NAE_EAA_P-553_Koit_kolhoos, lk 4
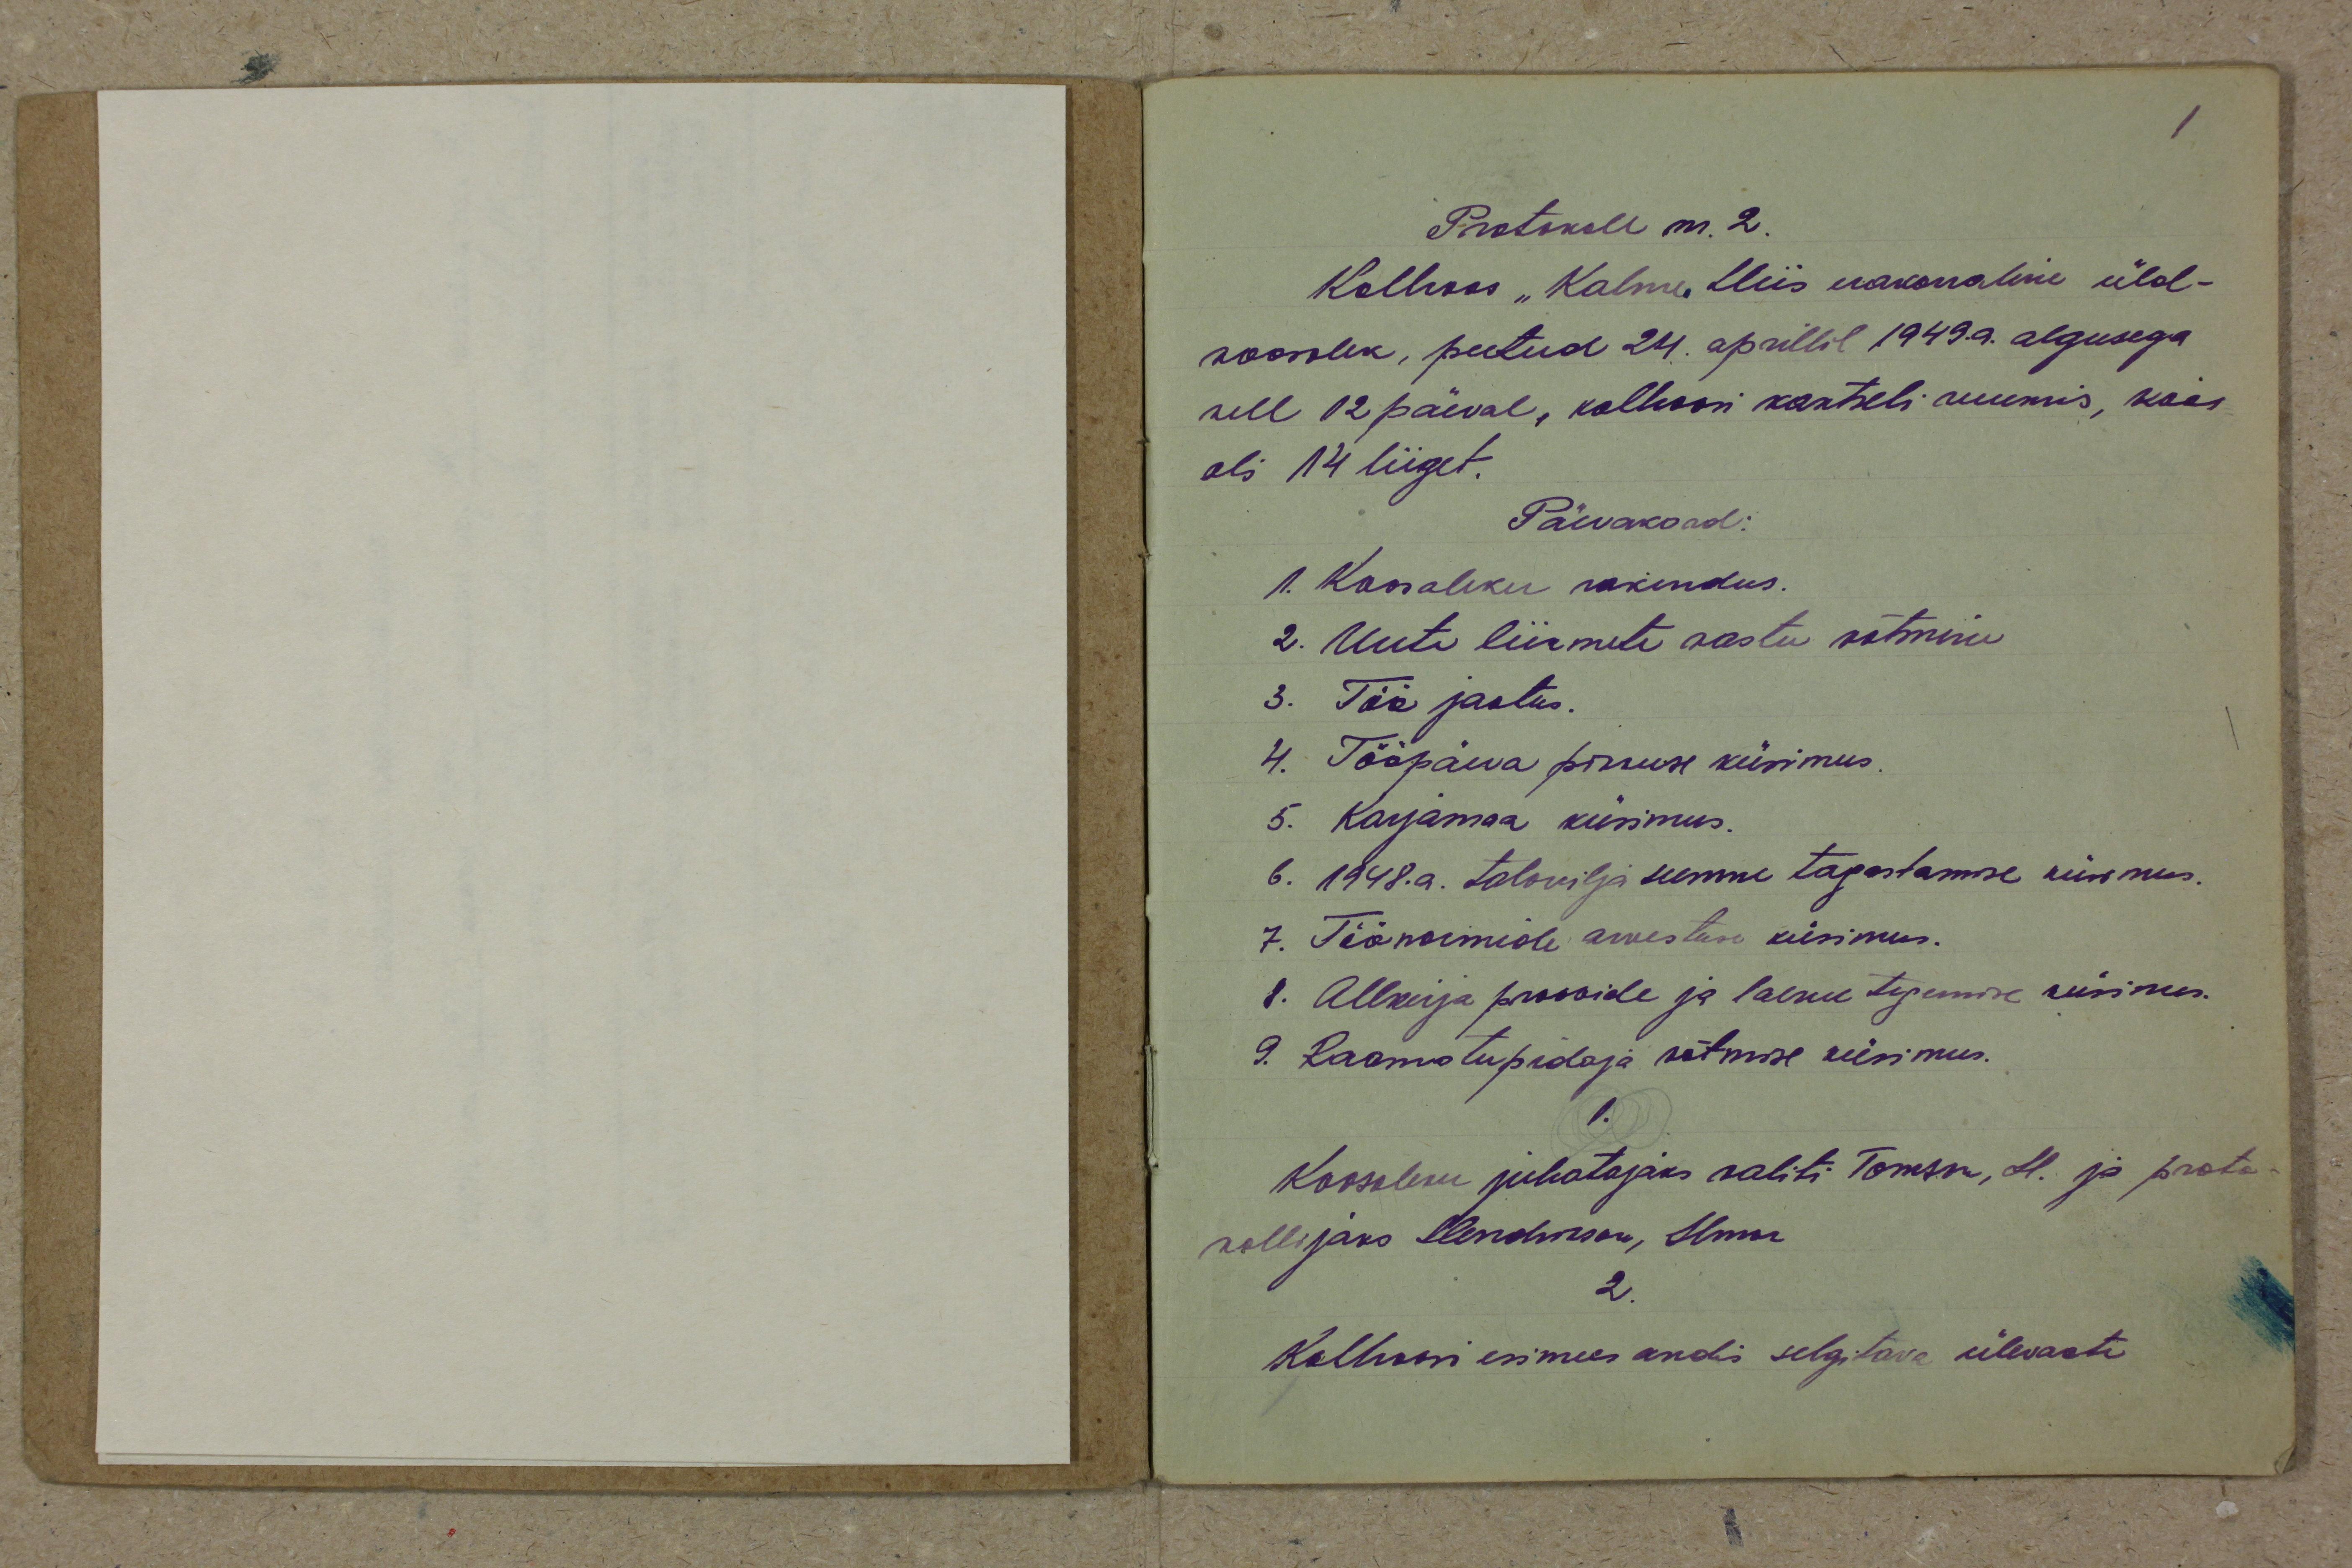
Protokoll nr. 2.
Kolhoos "Kalme Hiis erakorraline üld-
koosolek, peetud 24. aprillil 1949.a. algusega
kell 12 päeval, kolhoosi kantseli ruumis, koos
oli 14 liiget.
Päevakord:
1. Koosoleku rakendus.
2. Uute liikmete vastu võtmine
3. Töö jaotus.
4. Tööpäeva pikkuse küsimus:
5. Karjamaa küsimus.
6. 1948. a. talivilja seemne tagastamise küsimus.
7. Töönormide arvestuse küsimus.
8. Allkirja proovide ja laenu tegemise küsimus.
9. Raamatupidaja võtmise küsimus.
1.
Koosoleku juhatajaks waliti Tomson, H. ja proto-
kollijaks Hendrikson, Ilmar
2.
Kolhoosi esimees andis selgitava ülevaate